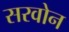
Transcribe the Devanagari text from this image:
सरवोन